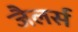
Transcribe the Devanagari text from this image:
जैलर्स